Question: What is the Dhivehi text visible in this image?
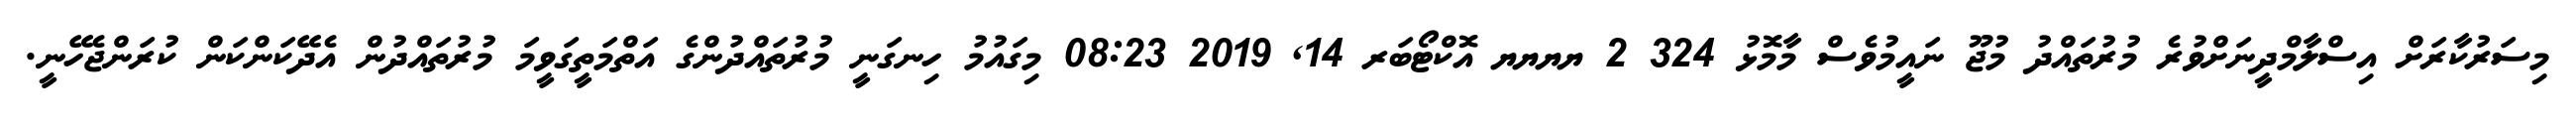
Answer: މިސަރުކާރަށް އިސްލާމްދީނަށްވުރެ މުރުތައްދު މުޖޫ ނައީމުވެސް މާމޮޅު 324 2 ޔޔޔޔ އޮކްޓޯބަރ 14, 2019 08:23 މިގައުމު ހިނގަނީ މުރުތައްދުންގެ އަތްމަތީގަވީމަ މުރުތައްދުން އެދޭކަންކަން ކުރަންޖެހޭނީ.